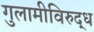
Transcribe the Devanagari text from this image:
गुलामीविरुद्ध